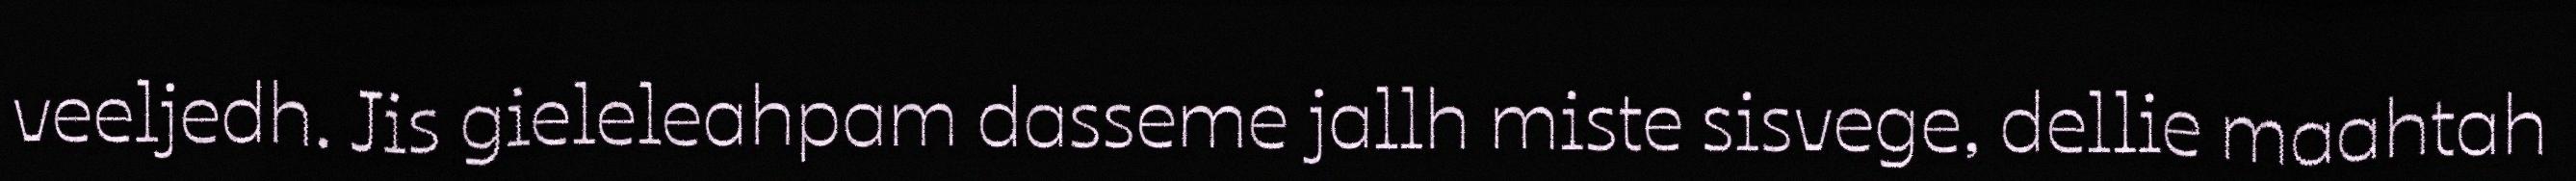
veeljedh. Jis gieleleahpam dasseme jallh miste sisvege, dellie maahtah